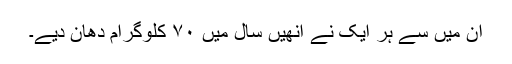
ان میں سے ہر ایک نے انھیں سال میں ۷۰ کلوگرام دھان دیے۔